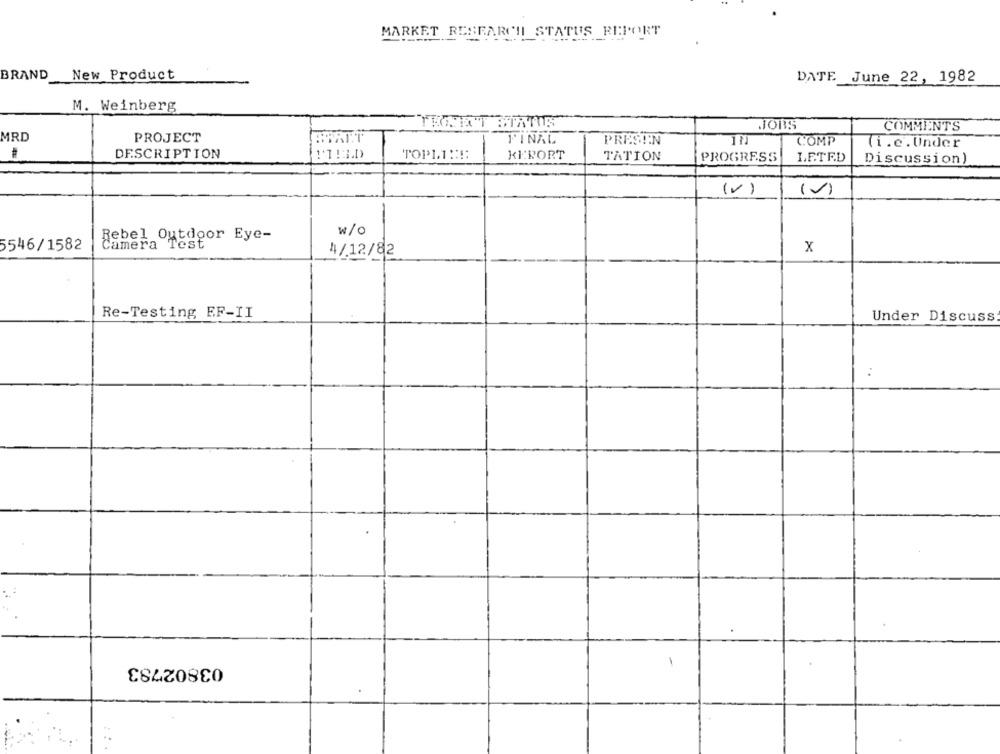
MARKET RESEARCH STATUS REPORT
BRAND
New Product
DATE June 22, 1982
M. Weinberg
JOBS
COMMENTS
MRD
PROJECT
F'INAL
PRESEN
COMP
(i.c.Under
DESCRIPTION
TOP11 :::
KE PORT
TATION
PROGRESS
LE.TE.D
Discussion)
(V)
-
w /0
Rebel Outdoor Eye-
5546/1582
Camera Test
x
4/12/82
Re-Testing EF-II
Under Discuss
..
03802783